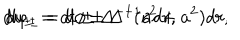
d u _ { \pm } = d t \pm \Delta ^ { - 1 } ( r ^ { 2 } + a ^ { 2 } ) d r , \hspace { 1 c m } d \varphi _ { \pm } = d \phi \pm \Delta ^ { - 1 } a d r ,